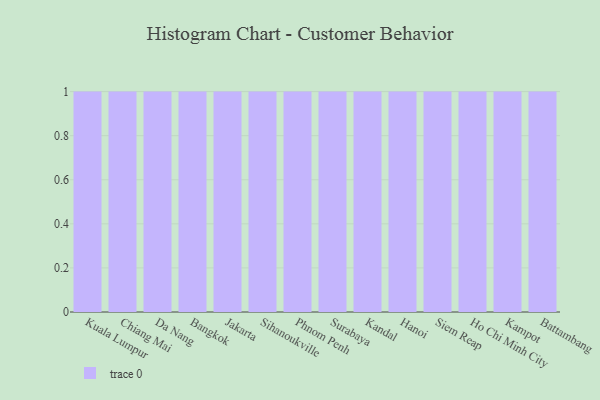
{"axis": {"x": "City", "y": "Budget (USD K)"}, "legend": [""], "data": [{"x": "Kuala Lumpur", "y": 9, "type": ""}, {"x": "Chiang Mai", "y": 18, "type": ""}, {"x": "Da Nang", "y": 83, "type": ""}, {"x": "Bangkok", "y": 43, "type": ""}, {"x": "Jakarta", "y": 56, "type": ""}, {"x": "Sihanoukville", "y": 22, "type": ""}, {"x": "Phnom Penh", "y": 77, "type": ""}, {"x": "Surabaya", "y": 32, "type": ""}, {"x": "Kandal", "y": 2, "type": ""}, {"x": "Hanoi", "y": 96, "type": ""}, {"x": "Siem Reap", "y": 47, "type": ""}, {"x": "Ho Chi Minh City", "y": 51, "type": ""}, {"x": "Kampot", "y": 100, "type": ""}, {"x": "Battambang", "y": 96, "type": ""}]}